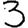
Digit: 3